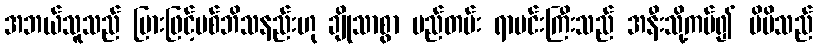
အဘယ်သူသည် မြားဖြင့်ပစ်ဘိသနည်းဟု ချိုသာစွာ မည်တမ်း ရာမင်းကြီးသည် အနီးသို့ကပ်၍ မိမိသည်